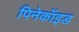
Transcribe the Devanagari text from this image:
पिनेकॉइड